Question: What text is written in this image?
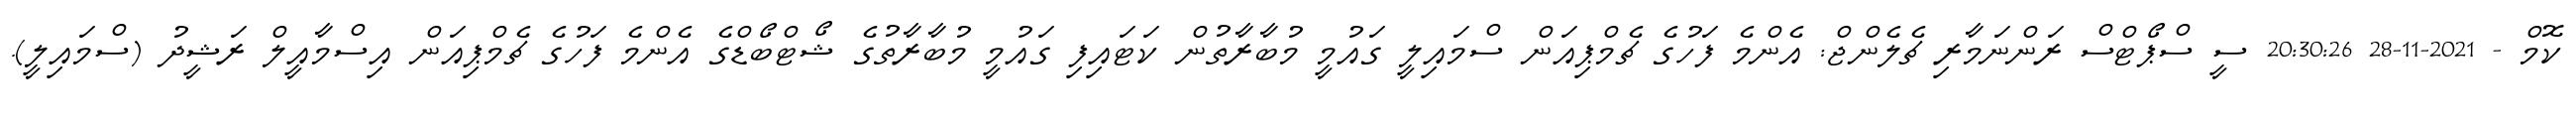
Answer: ކޮމް - 2021-11-28 20:30:26 ސީ ސްޕޯޓްސް ރަންނަމާރި ޗެލެންޖް: އެންމެ ފަހުގެ ޗެމްޕިއަން ސްމައިލީ ގައުމީ މުބާރާތުން ކަޓައިފި ގައުމީ މުބާރާތުގެ ޝޯޓްބޯޑްގެ އެންމެ ފަހުގެ ޗެމްޕިއަން އިސްމާއީލް ރަޝީދު (ސްމައިލީ).